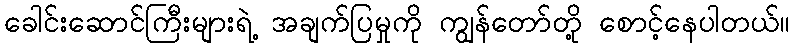
ခေါင်းဆောင်ကြီးများရဲ့ အချက်ပြမှုကို ကျွန်တော်တို့ စောင့်နေပါတယ်။